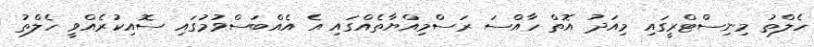
ހެލްތު މިނިސްޓްރީގައި މިއަދު އޮތް ހާއްސަ ރަސްމިއްޔާތެއްގައި އެ އެއްބަސްވުމުގައި ސޮއިކުރެއްވީ ހެލްތު